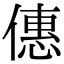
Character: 僡